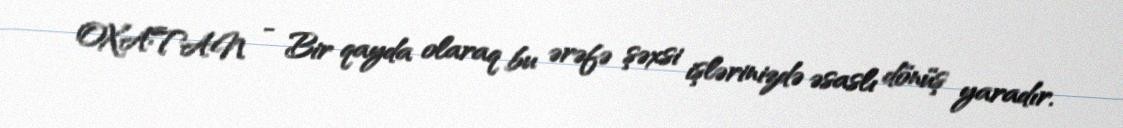
OXATAN - Bir qayda olaraq bu ərəfə şəxsi işlərinizdə əsaslı dönüş yaradır.